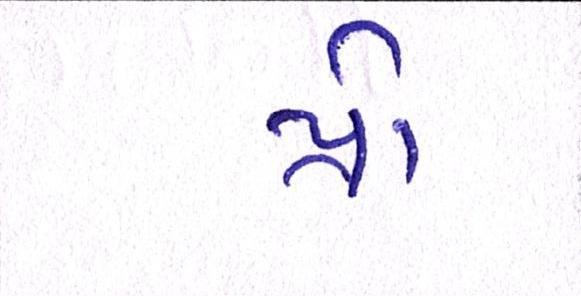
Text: પ્રો